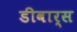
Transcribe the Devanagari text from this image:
डीवार्स